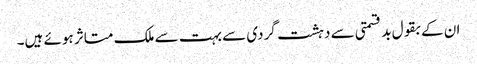
ان کے بقول بد قسمتی سے دہشت گردی سے بہت سے ملک متاثر ہوئے ہیں۔